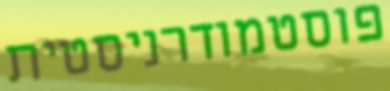
פוסטמודרניסטית